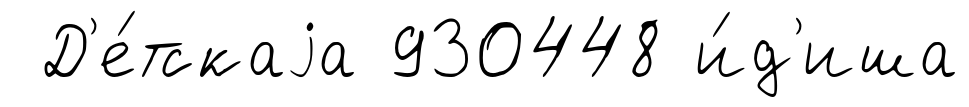
Д'е́тскаjа 930448 и́д'иша